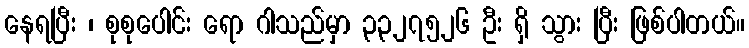
နေရပြီး ၊ စုစုပေါင်း ရော ဂါသည်မှာ ၃၃၂၇၅၂၆ ဦး ရှိ သွား ပြီး ဖြစ်ပါတယ်။